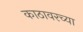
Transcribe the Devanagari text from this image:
काठावरच्या